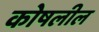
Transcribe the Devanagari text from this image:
कोषलील